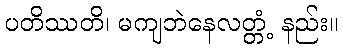
ပတိဿတိ၊ မကျဘဲနေလတ္တံ့ နည်း။